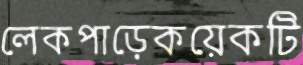
লেকপাড়েকয়েকটি